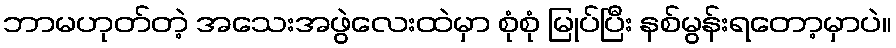
ဘာမဟုတ်တဲ့ အသေးအဖွဲလေးထဲမှာ စုံစုံ မြုပ်ပြီး နစ်မွန်းရတော့မှာပဲ။